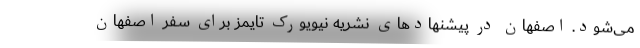
می‌شود. اصفهان در پیشنهادهای نشریه نیویورک‌ تایمز برای سفر اصفهان